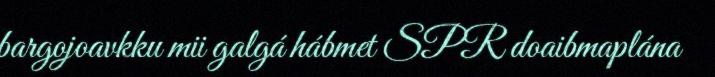
bargojoavkku mii galgá hábmet SPR doaibmaplána